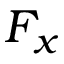
F _ { x }